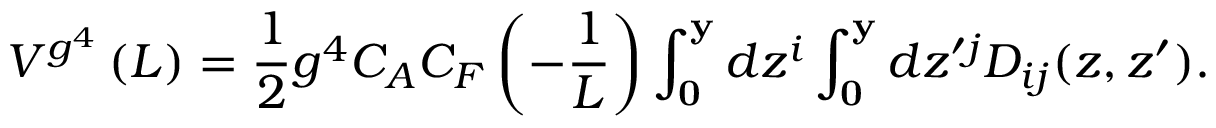
V ^ { g ^ { 4 } } \left( L \right) = \frac { 1 } { 2 } g ^ { 4 } C _ { A } C _ { F } \left( { - \frac { 1 } { L } } \right) \int _ { \bf 0 } ^ { \bf y } { d z ^ { i } } \int _ { \bf 0 } ^ { \bf y } { d z ^ { \prime j } } D _ { i j } ( z , z ^ { \prime } ) .